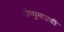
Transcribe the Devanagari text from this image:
तोप्पुमपाडी